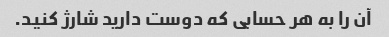
آن را به هر حسابی که دوست دارید شارژ کنید.